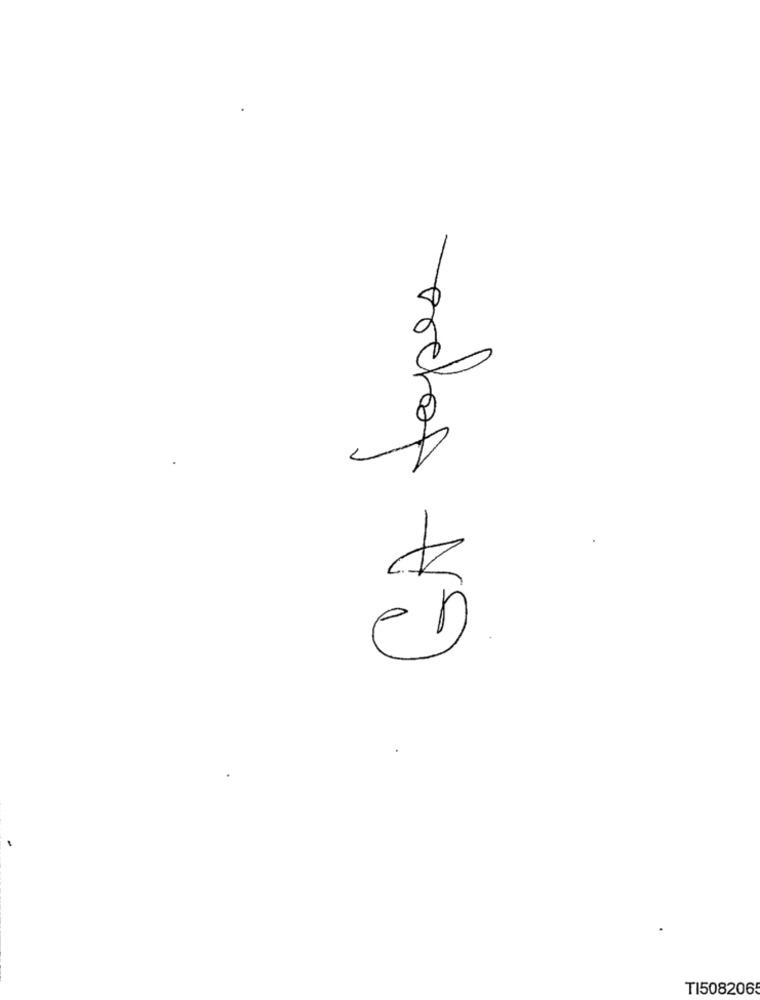
GA tapes
TI5082065